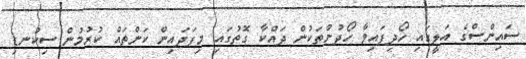
ސައިންސްގެ އަލީގައި ހޯދިފައިވާ ހޯދުންތަކުން ދައްކާ ގޮތުގައި މިފަދައިން ކަންތައް ކުރުމުން ސިކުނޑި